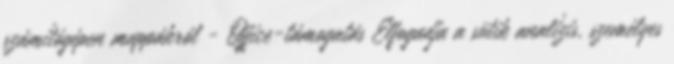
számítógépen mappákról - Office-támogatás Elfogadja a sütik analízis, személyes